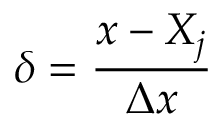
\delta = \frac { x - X _ { j } } { \Delta x }